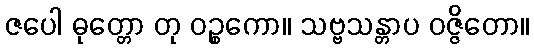
ဇပေါ ဓုတ္တော တု ဝဉ္စကော။ သဗ္ဗသန္တာပ ဝဇ္ဇိတော။